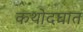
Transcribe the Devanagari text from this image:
कथोदघात